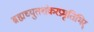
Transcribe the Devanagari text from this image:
ब्रह्मच्युतशंकरप्रभृतिभिर्‌